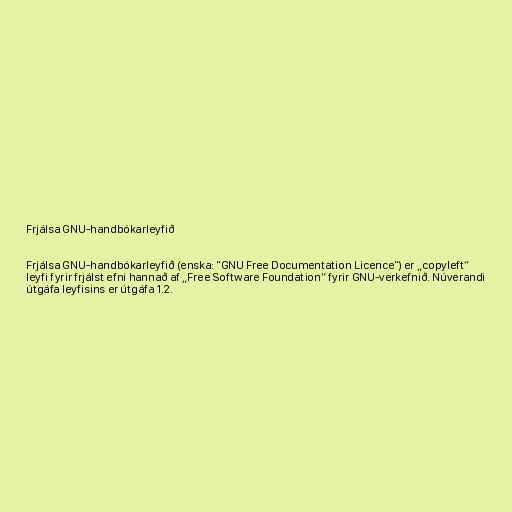
Frjálsa GNU-handbókarleyfið

Frjálsa GNU-handbókarleyfið (enska: "GNU Free Documentation Licence") er „copyleft“
leyfi fyrir frjálst efni hannað af „Free Software Foundation“ fyrir GNU-verkefnið. Núverandi
útgáfa leyfisins er útgáfa 1.2.